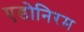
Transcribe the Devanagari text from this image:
एडोनिरम